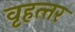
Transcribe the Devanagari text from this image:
वृहत्‍तर